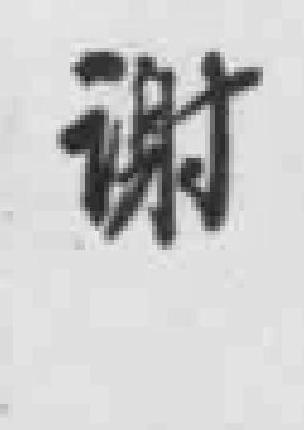
谢